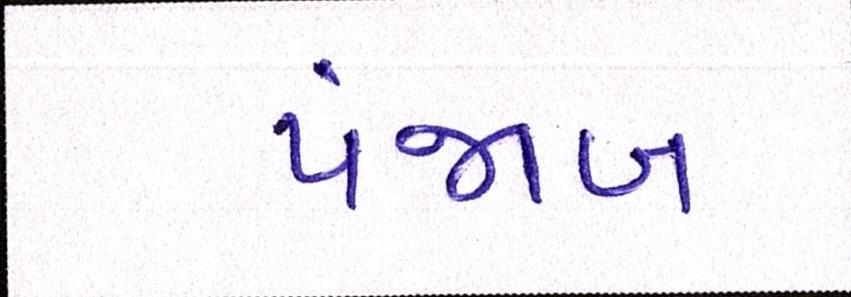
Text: પંજાબ